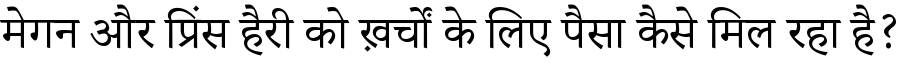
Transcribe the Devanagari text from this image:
मेगन और प्रिंस हैरी को ख़र्चों के लिए पैसा कैसे मिल रहा है?